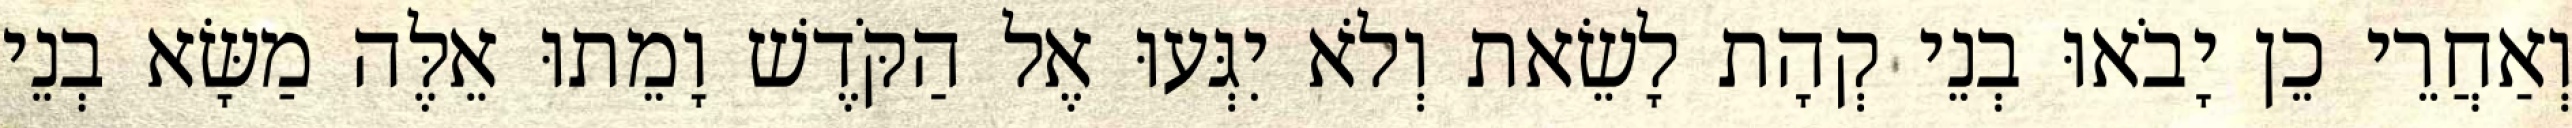
וְאַחֲרֵי כֵן יָבֹאוּ בְנֵי קְהָת לָשֵׂאת וְלֹא יִגְּעוּ אֶל הַקֹּדֶשׁ וָמֵתוּ אֵלֶּה מַשָּׂא בְנֵי